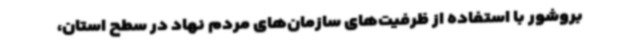
بروشور با استفاده از ظرفیت‌های سازمان‌های مردم نهاد در سطح استان،